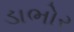
ડાભોર